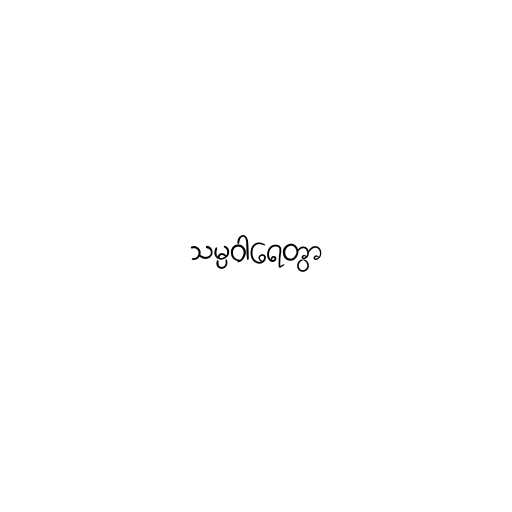
သမ္ပဝါရေတွာ